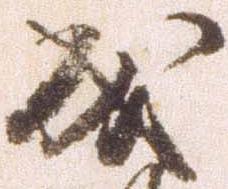
成